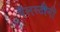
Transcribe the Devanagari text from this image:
पॅलस्टीनी